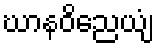
ဃာနဝိညေယျံ